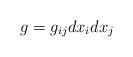
\begin{align*}g=g_{ij}dx_idx_j\end{align*}